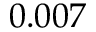
0 . 0 0 7